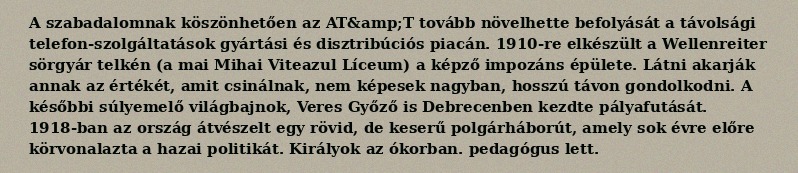
A szabadalomnak köszönhetően az AT&amp;T tovább növelhette befolyását a távolsági telefon-szolgáltatások gyártási és disztribúciós piacán. 1910-re elkészült a Wellenreiter sörgyár telkén (a mai Mihai Viteazul Líceum) a képző impozáns épülete. Látni akarják annak az értékét, amit csinálnak, nem képesek nagyban, hosszú távon gondolkodni. A későbbi súlyemelő világbajnok, Veres Győző is Debrecenben kezdte pályafutását. 1918-ban az ország átvészelt egy rövid, de keserű polgárháborút, amely sok évre előre körvonalazta a hazai politikát. Királyok az ókorban. pedagógus lett.